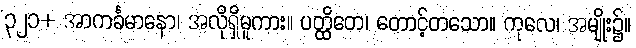
၃၂၁+ အာကင်္ခမာနော၊ အလိုရှိမူကား။ ပတ္ထိတေ၊ တောင့်တသော။ ကုလေ၊ အမျိုး၌။